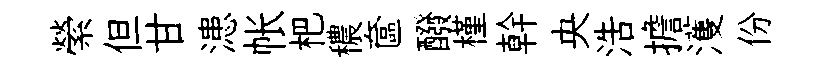
縈但甘漶帐杷穠奩醱槿幹央浩擔濩份